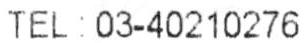
TEL : 03-40210276